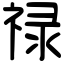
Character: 禄